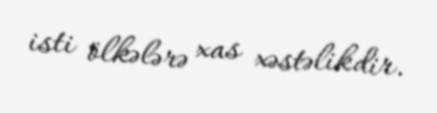
isti ölkələrə xas xəstəlikdir.